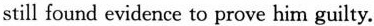
still found evidence to prove him guilty.